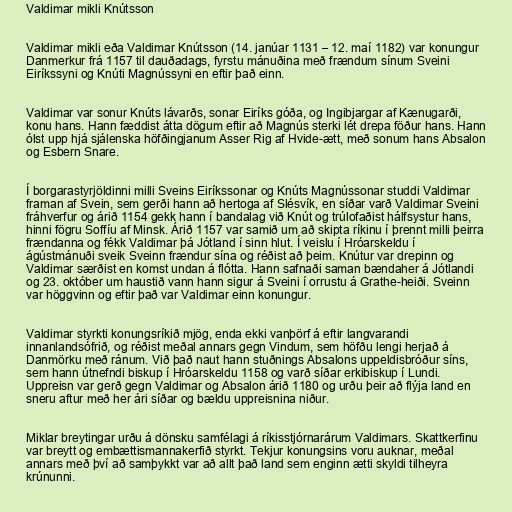
Valdimar mikli Knútsson

Valdimar mikli eða Valdimar Knútsson (14. janúar 1131 – 12. maí 1182) var konungur
Danmerkur frá 1157 til dauðadags, fyrstu mánuðina með frændum sínum Sveini
Eiríkssyni og Knúti Magnússyni en eftir það einn.

Valdimar var sonur Knúts lávarðs, sonar Eiríks góða, og Ingibjargar af Kænugarði,
konu hans. Hann fæddist átta dögum eftir að Magnús sterki lét drepa föður hans. Hann
ólst upp hjá sjálenska höfðingjanum Asser Rig af Hvide-ætt, með sonum hans Absalon
og Esbern Snare.

Í borgarastyrjöldinni milli Sveins Eiríkssonar og Knúts Magnússonar studdi Valdimar
framan af Svein, sem gerði hann að hertoga af Slésvík, en síðar varð Valdimar Sveini
fráhverfur og árið 1154 gekk hann í bandalag við Knút og trúlofaðist hálfsystur hans,
hinni fögru Soffíu af Minsk. Árið 1157 var samið um að skipta ríkinu í þrennt milli þeirra
frændanna og fékk Valdimar þá Jótland í sinn hlut. Í veislu í Hróarskeldu í
ágústmánuði sveik Sveinn frændur sína og réðist að þeim. Knútur var drepinn og
Valdimar særðist en komst undan á flótta. Hann safnaði saman bændaher á Jótlandi
og 23. október um haustið vann hann sigur á Sveini í orrustu á Grathe-heiði. Sveinn
var höggvinn og eftir það var Valdimar einn konungur.

Valdimar styrkti konungsríkið mjög, enda ekki vanþörf á eftir langvarandi
innanlandsófrið, og réðist meðal annars gegn Vindum, sem höfðu lengi herjað á
Danmörku með ránum. Við það naut hann stuðnings Absalons uppeldisbróður síns,
sem hann útnefndi biskup í Hróarskeldu 1158 og varð síðar erkibiskup í Lundi.
Uppreisn var gerð gegn Valdimar og Absalon árið 1180 og urðu þeir að flýja land en
sneru aftur með her ári síðar og bældu uppreisnina niður.

Miklar breytingar urðu á dönsku samfélagi á ríkisstjórnarárum Valdimars. Skattkerfinu
var breytt og embættismannakerfið styrkt. Tekjur konungsins voru auknar, meðal
annars með því að samþykkt var að allt það land sem enginn ætti skyldi tilheyra
krúnunni.